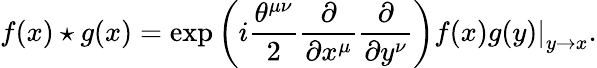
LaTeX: f(x)\star g(x)=\exp\left(i\frac{\theta^{\mu\nu}}{2}\frac{\partial}{\partial x^{\mu}}\frac{\partial}{\partial y^{\nu}}\right)\left.f(x)g(y)\right|_{y\to x}.